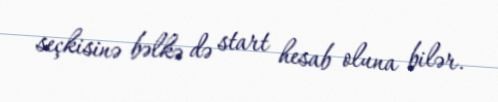
seçkisinə bəlkə də start hesab oluna bilər.